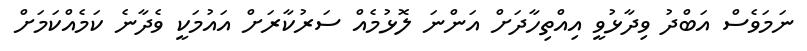
ނަމަވެސް އަބްދު ވިދާޅުވީ އިއްތިހާދަށް އަންނަ ލޮޅުމެއް ސަރުކާރަށް އައުމަކީ ވެދާނެ ކަމެއްކަމަށް